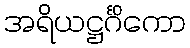
အရိယဋ္ဌင်္ဂိကော